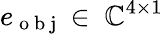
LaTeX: e_{\mathrm{~o~b~j~}}\in\ \mathbb{C}^{4\times 1}